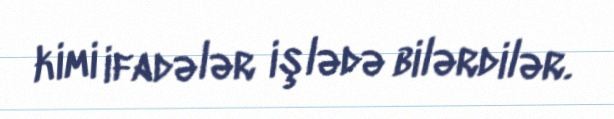
kimi ifadələr işlədə bilərdilər.